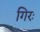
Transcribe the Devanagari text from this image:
गिरः